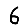
Digit: 6